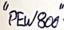
Text: "PEW800"